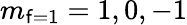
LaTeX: m_{\mathsf{f}=1}=1,0,-1